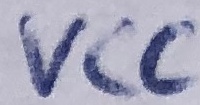
Text: VCC